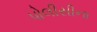
પોલીસીના